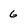
Character: 6